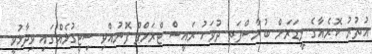
އުތުރު ކޮރެއާގެ ލީޑަރަށް ބުރާސްފަތި ދުވަހު ރައީސް ޓްރަމްޕް ފޮނުއްވި ސިޓީގުޅެއްގައި ވިދާޅުވީ